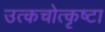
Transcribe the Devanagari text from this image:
उत्कचोत्कृष्टा